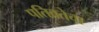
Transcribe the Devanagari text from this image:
पतिव्रतेचा